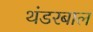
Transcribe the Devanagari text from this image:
थंडरबाल